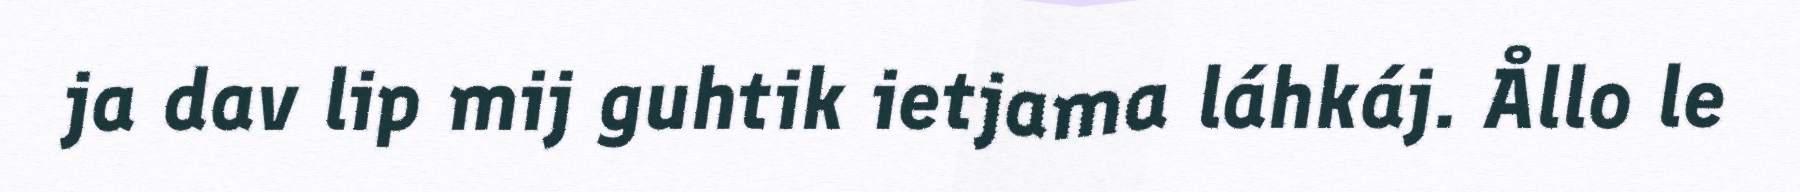
ja dav lip mij guhtik ietjama láhkáj. Ållo le